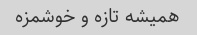
همیشه تازه و خوشمزه